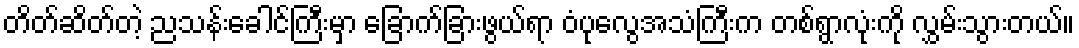
တိတ်ဆိတ်တဲ့ ညသန်းခေါင်ကြီးမှာ ခြောက်ခြားဖွယ်ရာ ဝံပုလွေအသံကြီးက တစ်ရွာလုံးကို လွှမ်းသွားတယ်။